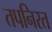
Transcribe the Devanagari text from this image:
तपनिरत